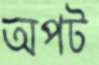
অপট